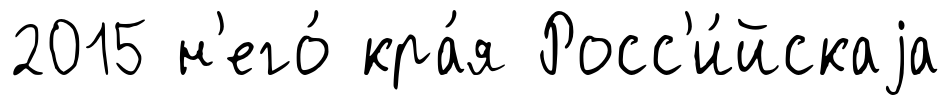
2015 н'его́ кра́я Росс'и́йскаjа